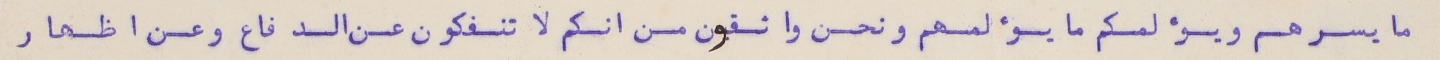
ما يسرهم ويؤلمكم ما يؤلمهم ونحن واثقون من انكم لا تنفكون عن الدفاع وعن اظهار